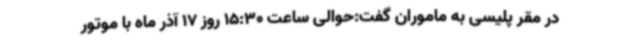
در مقر پلیسی به ماموران گفت:حوالی ساعت 15:30 روز 17 آذر ماه با موتور